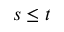
s \le t